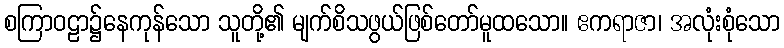
စကြာဝဠာ၌နေကုန်သော သူတို့၏ မျက်စိသဖွယ်ဖြစ်တော်မူထသော။ ဧကရာဇာ၊ အလုံးစုံသော